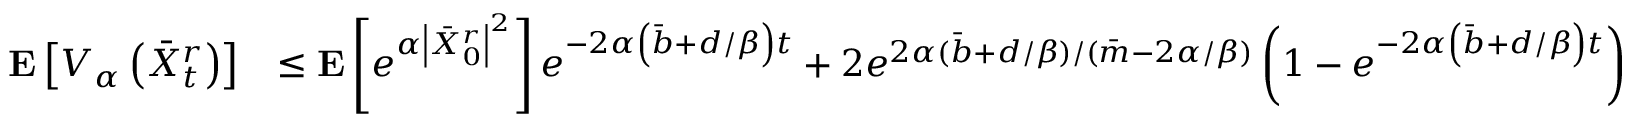
\begin{array} { r l } { \mathbf { E } \left[ V _ { \alpha } \left( \Bar { X } _ { t } ^ { r } \right) \right] } & { \le \mathbf { E } \left[ e ^ { \alpha \left| \Bar { X } _ { 0 } ^ { r } \right| ^ { 2 } } \right] e ^ { - 2 \alpha \left( \Bar { b } + d / \beta \right) t } + 2 e ^ { 2 \alpha ( \Bar { b } + d / \beta ) / ( \Bar { m } - 2 \alpha / \beta ) } \left( 1 - e ^ { - 2 \alpha \left( \Bar { b } + d / \beta \right) t } \right) } \end{array}